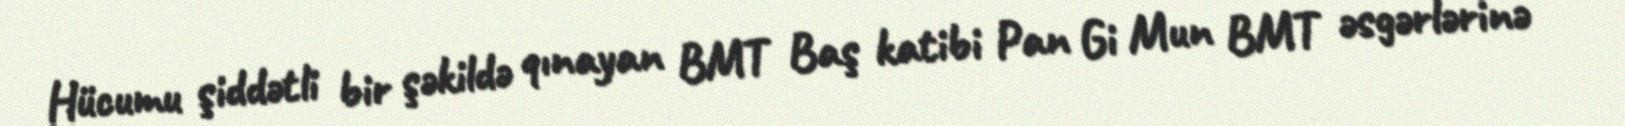
Hücumu şiddətli bir şəkildə qınayan BMT Baş katibi Pan Gi Mun BMT əsgərlərinə